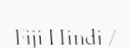
Fiji Hindi /